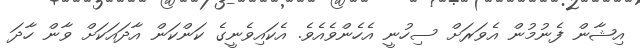
އިޝާން ފެނުމުން އެވަރަށް ސިހުނީ އެހެންވެއެވެ. އެކައިވެނީގެ ކަންކަން އާދައަކަށް ވާން ހާދަ